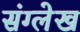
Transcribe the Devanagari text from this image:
संग्लेख